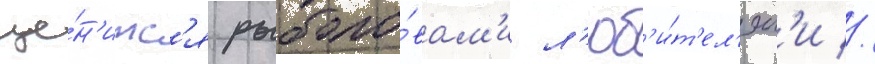
це́н'итс'я рыболо́вам'и л'юб'и́т'ел'ям'и //